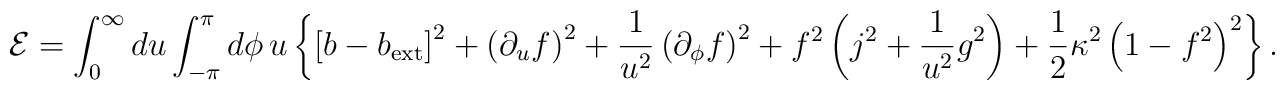
{\cal E}=\int_0^\infty du\int_{-\pi}^{\pi}d\phi\,u\left\{\left[b-b_{\rm ext}\right]^2+\left(\partial_uf\right)^2+\frac{1}{u^2}\left(\partial_\phi f\right)^2+f^2\left(j^2+\frac{1}{u^2}g^2\right)+\frac{1}{2}\kappa^2\left(1-f^2\right)^2\right\}.